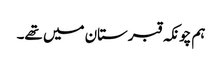
ہم چونکہ قبرستان میں تھے۔